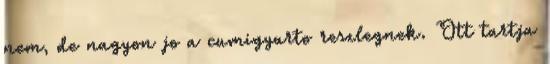
nem, de nagyon jo a cumigyarto reszlegnek. Ott tartja